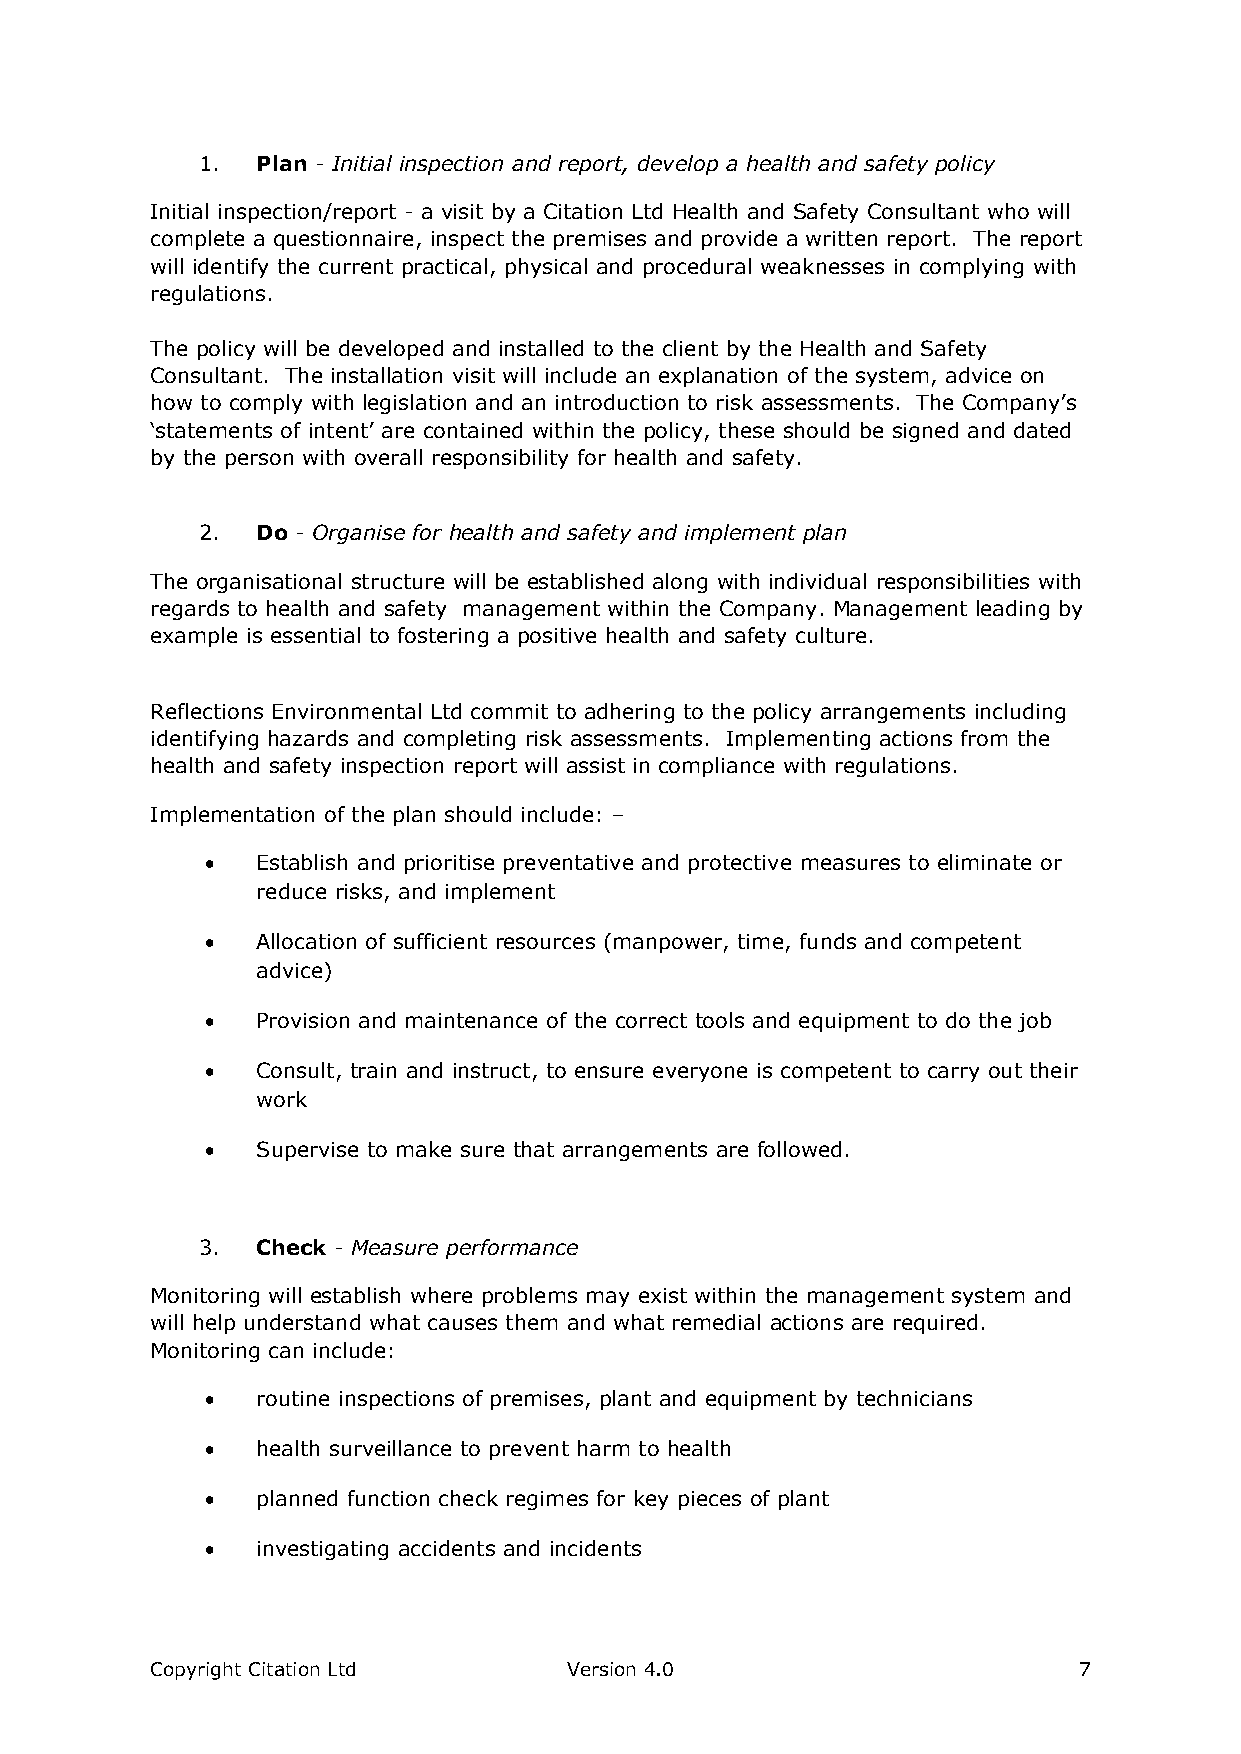
1.  Plan - Initial inspection and report, develop a health and safety policy
 Initial inspection/report - a visit by a Citation Ltd Health and Safety Consultant who will
 complete a questionnaire, inspect the premises and provide a written report. The report
 will identify the current practical, physical and procedural weaknesses in complying with
 regulations.
 The policy will be developed and installed to the client by the Health and Safety
 Consultant. The installation visit will include an explanation of the system, advice on
 how to comply with legislation and an introduction to risk assessments. The Company’s
 ‘statements of intent’ are contained within the policy, these should be signed and dated
 by the person with overall responsibility for health and safety.
 2.  Do - Organise for health and safety and implement plan
 The organisational structure will be established along with individual responsibilities with
 regards to health and safety management within the Company. Management leading by
 example is essential to fostering a positive health and safety culture.
 Reflections Environmental Ltd commit to adhering to the policy arrangements including
 identifying hazards and completing risk assessments. Implementing actions from the
 health and safety inspection report will assist in compliance with regulations.
 Implementation of the plan should include: –
   Establish and prioritise preventative and protective measures to eliminate or
 reduce risks, and implement
   Allocation of sufficient resources (manpower, time, funds and competent
 advice)
   Provision and maintenance of the correct tools and equipment to do the job
   Consult, train and instruct, to ensure everyone is competent to carry out their
 work
   Supervise to make sure that arrangements are followed.
 3.  Check - Measure performance
 Monitoring will establish where problems may exist within the management system and
 will help understand what causes them and what remedial actions are required.
 Monitoring can include:
   routine inspections of premises, plant and equipment by technicians
   health surveillance to prevent harm to health
   planned function check regimes for key pieces of plant
   investigating accidents and incidents
 Copyright Citation Ltd      Version 4.0                      7